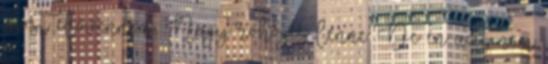
most elővenném, Nagy röhögés lenne. De én azt nem